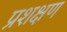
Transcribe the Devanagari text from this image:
प्रशक्षण